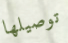
توصيلها